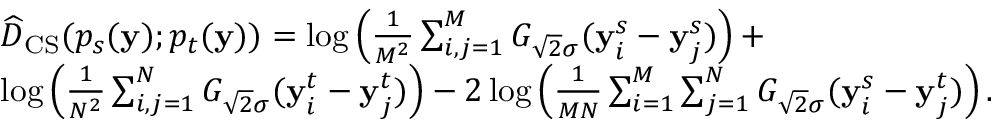
\begin{array} { r l } & { \widehat { D } _ { \mathrm { C S } } ( p _ { s } ( \mathbf { y } ) ; p _ { t } ( \mathbf { y } ) ) = \log \left( \frac { 1 } { M ^ { 2 } } \sum _ { i , j = 1 } ^ { M } G _ { \sqrt { 2 } \sigma } ( { \bf y } _ { i } ^ { s } - { \bf y } _ { j } ^ { s } ) \right) + } \\ & { \log \left( \frac { 1 } { N ^ { 2 } } \sum _ { i , j = 1 } ^ { N } G _ { \sqrt { 2 } \sigma } ( { \bf y } _ { i } ^ { t } - { \bf y } _ { j } ^ { t } ) \right) - 2 \log \left( \frac { 1 } { M N } \sum _ { i = 1 } ^ { M } \sum _ { j = 1 } ^ { N } G _ { \sqrt { 2 } \sigma } ( { \bf y } _ { i } ^ { s } - { \bf y } _ { j } ^ { t } ) \right) . } \end{array}